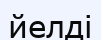
йелді